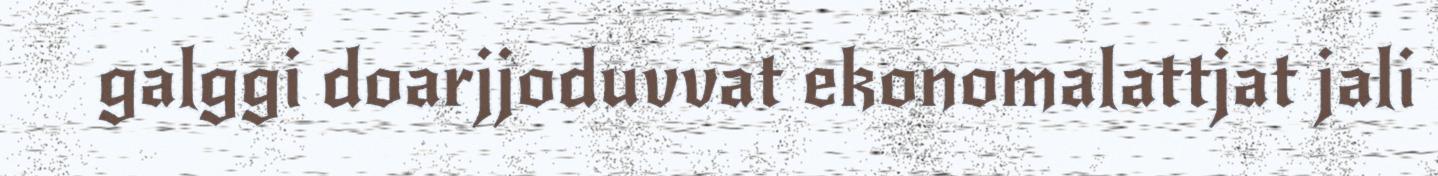
galggi doarjjoduvvat ekonomalattjat jali